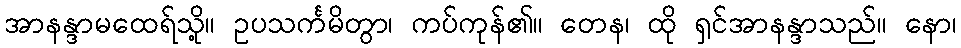
အာနန္ဒာမထေရ်သို့။ ဥပသင်္ကမိတွာ၊ ကပ်ကုန်၏။ တေန၊ ထို ရှင်အာနန္ဒာသည်။ နော၊